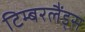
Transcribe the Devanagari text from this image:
टिम्बरलैंड्स